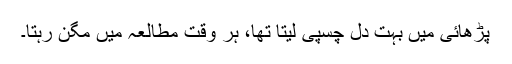
پڑھائی میں بہت دل چسپی لیتا تھا، ہر وقت مطالعہ میں مگن رہتا۔